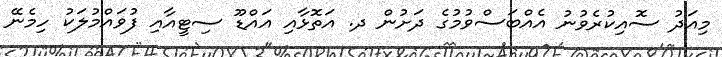
މިއަދު ސޮއިކުރެވުނު އެއްބަސްވުމުގެ ދަށުން ދ. އަތޮޅާއި އައްޑޫ ސިޓީއާއި ފުވައްމުލަކު ހިމެނޭ